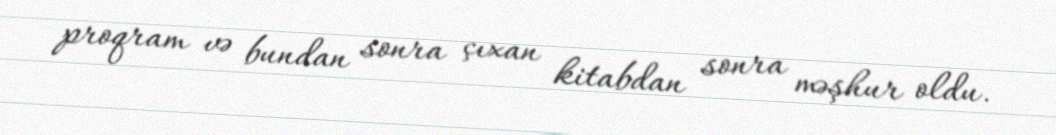
proqram və bundan sonra çıxan kitabdan sonra məşhur oldu.